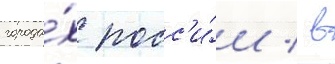
города́х росс'и́и / в